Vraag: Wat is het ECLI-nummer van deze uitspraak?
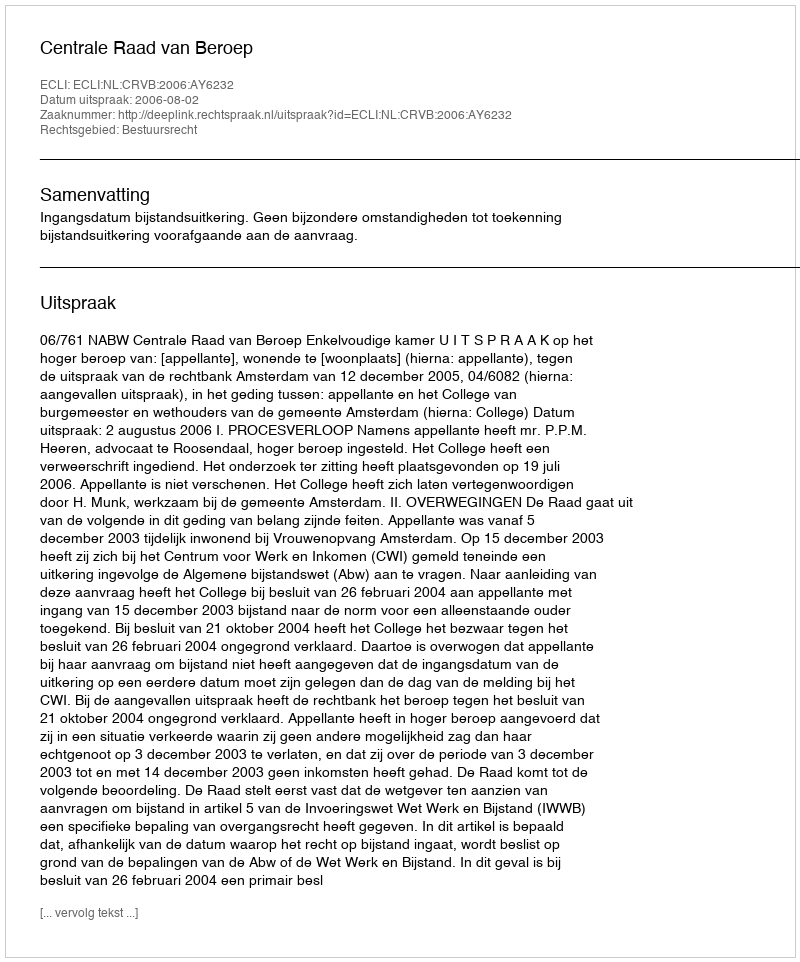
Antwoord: ECLI:NL:CRVB:2006:AY6232